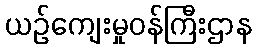
ယဉ်ကျေးမှုဝန်ကြီးဌာန